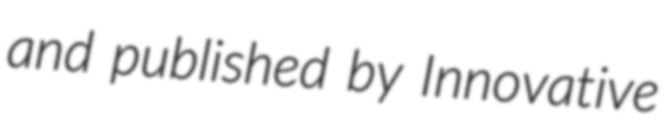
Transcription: and published by Innovative